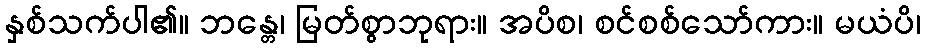
နှစ်သက်ပါ၏။ ဘန္တေ၊ မြတ်စွာဘုရား။ အပိစ၊ စင်စစ်သော်ကား။ မယံပိ၊